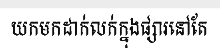
យកមកដាក់លក់ក្នុងផ្សារនៅតែ